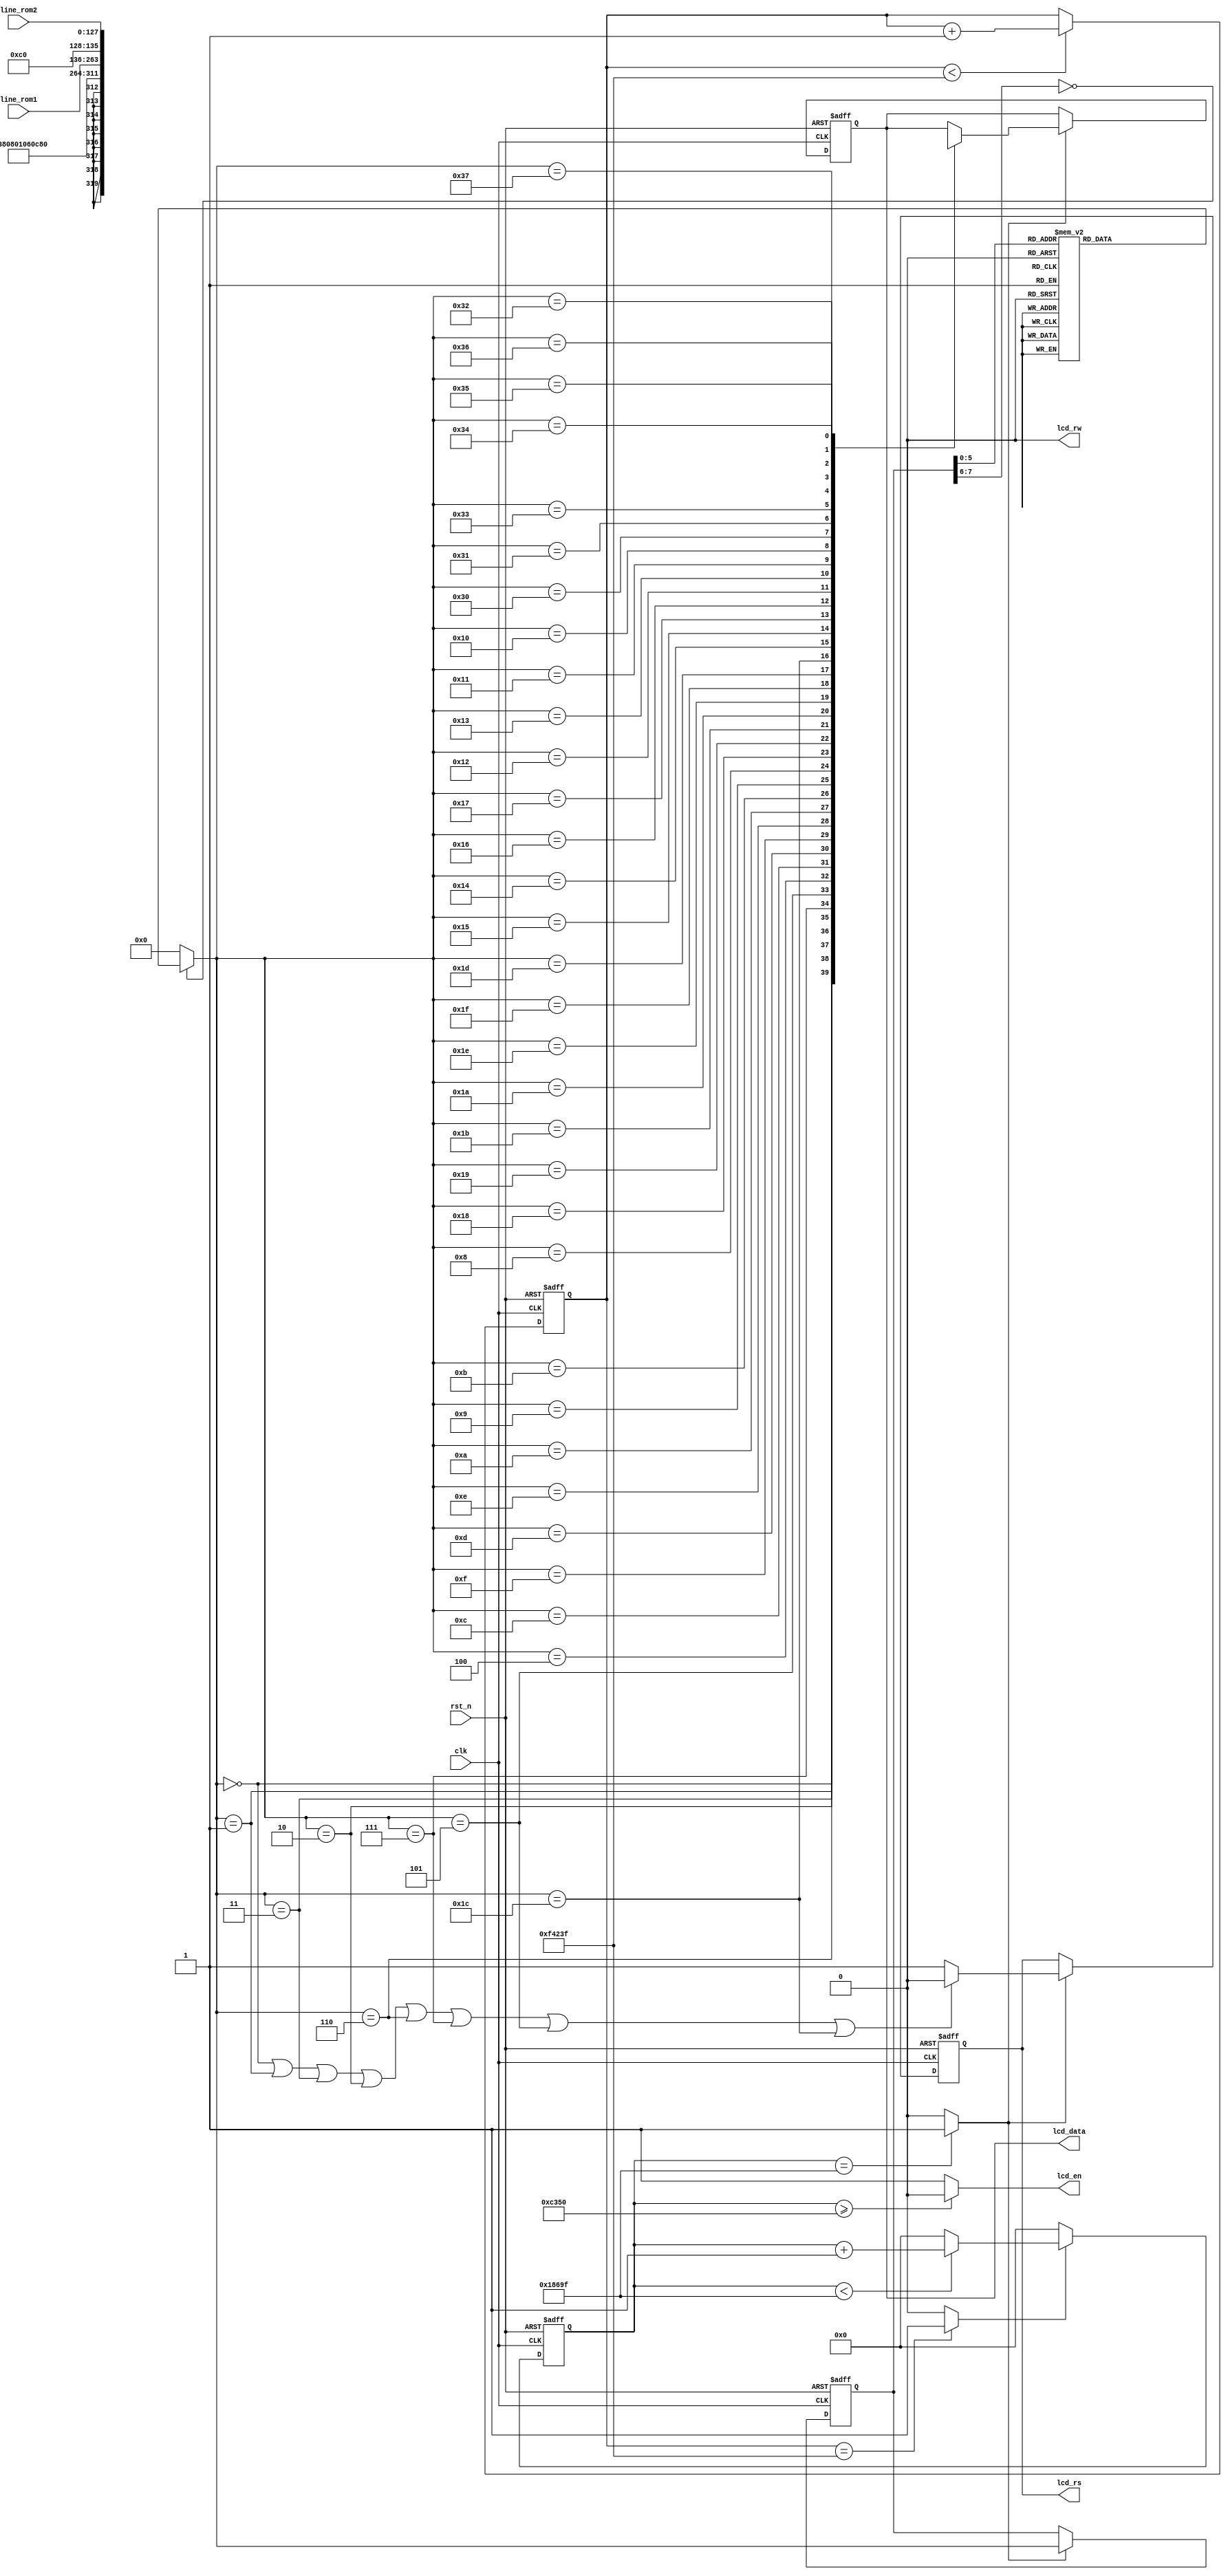
module lcd1602_driver
(
	//global clock
	input				clk,
	input				rst_n,

	//lcd1602 interface
	output  			lcd_en,		//LCD1602 Chip enable signal
	output 	reg			lcd_rs,		//H: Data; L: Instruction code
	output				lcd_rw,		//H: Read; L: Write
	output	reg	[7:0]	lcd_data,	//LCD1602 Data interface
	
	//user interface
	input		[127:0]	line_rom1,	//LCD1602 1th row display
	input		[127:0]	line_rom2	//LCD1602 2th row display
); 

//-----------------------------------
//Delay for 20ms
localparam DELAY_TOP = 1000_000;
//localparam DELAY_TOP = 20'd1000;		//Just for test
reg	[19:0]	delay_cnt;
always@(posedge clk or negedge rst_n)
begin
	if(!rst_n)
		delay_cnt <= 0;
	else if(delay_cnt < DELAY_TOP - 1'b1)
		delay_cnt <= delay_cnt + 1'b1;
	else
		delay_cnt <= delay_cnt;
end
wire	delay_done = (delay_cnt == DELAY_TOP - 1'b1) ? 1'b1 : 1'b0;


//--------------------------------------
localparam DELAY_TOP2 = 20'd100_000;   //2ms(500Hz)
//localparam DELAY_TOP2 = 20'hf;        //Just for test
reg [19:0]  delay_cnt2;
always @ (posedge clk or negedge rst_n)
begin
    if(!rst_n)
        delay_cnt2 <= 0;
    else if(delay_done)
        begin
        if(delay_cnt2 < DELAY_TOP2 - 1'b1)
            delay_cnt2 <= delay_cnt2 + 1'b1;
        else
            delay_cnt2 <= 0;
        end
    else
        delay_cnt2 <= 0;
end
assign  lcd_rw = 1'b0;      //write only, never read
//lcd enable,keep same time
assign  lcd_en = (delay_cnt2 >= DELAY_TOP2/2) ? 1'b0 : 1'b1;    
//write data when negedge        
wire    lcd_write_flag = (delay_cnt2 == DELAY_TOP2 - 1'b1) ? 1'b1 : 1'b0;   

//---------------------------------------                              
//Gray code : 40 states
localparam 	IDLE		= 	8'h00;	//IDLE
//LCD1602 init
localparam	DISP_SET	= 	8'h01;	//Display mode
localparam 	DISP_OFF	= 	8'h03;	//Display off
localparam 	CLR_SCR 	= 	8'h02;	//Clear the LCD
localparam 	CURSOR_SET1 = 	8'h06;	//Set Cursor
localparam 	CURSOR_SET2 = 	8'h07;	//Display on
//Display 1th line	
localparam 	ROW1_ADDR	= 	8'h05;	//Line1's first address	
localparam 	ROW1_0		= 	8'h04;
localparam 	ROW1_1		= 	8'h0C;
localparam 	ROW1_2		= 	8'h0D;
localparam 	ROW1_3		= 	8'h0F;
localparam 	ROW1_4		= 	8'h0E;
localparam 	ROW1_5		= 	8'h0A;
localparam 	ROW1_6		= 	8'h0B;
localparam 	ROW1_7		= 	8'h09;
localparam 	ROW1_8		=	8'h08;
localparam 	ROW1_9		= 	8'h18;
localparam 	ROW1_A		= 	8'h19;
localparam 	ROW1_B		= 	8'h1B;
localparam 	ROW1_C		= 	8'h1A;
localparam 	ROW1_D		= 	8'h1E;
localparam 	ROW1_E		= 	8'h1F;
localparam 	ROW1_F		= 	8'h1D;
//Display 2th line
localparam 	ROW2_ADDR	= 	8'h1C;	//Line2's first address	
localparam 	ROW2_0		= 	8'h14;
localparam 	ROW2_1		= 	8'h15;
localparam 	ROW2_2		= 	8'h17;
localparam 	ROW2_3		= 	8'h16;
localparam 	ROW2_4		= 	8'h12;
localparam 	ROW2_5		= 	8'h13;
localparam 	ROW2_6		= 	8'h11;
localparam 	ROW2_7		= 	8'h10;
localparam 	ROW2_8		= 	8'h30;
localparam 	ROW2_9		= 	8'h31;
localparam 	ROW2_A		= 	8'h33;
localparam 	ROW2_B		= 	8'h32;
localparam 	ROW2_C		= 	8'h36;
localparam 	ROW2_D		= 	8'h37;
localparam 	ROW2_E		= 	8'h35;
localparam 	ROW2_F		= 	8'h34;

//---------------------------------------
// FSM: always1
reg [7:0] current_state, next_state;
always@(posedge clk or negedge rst_n)
begin
	if(!rst_n)
		current_state <= IDLE;
	else if(lcd_write_flag)
		current_state <= next_state;
	else
		current_state <= current_state;
end

//---------------------------------------
// FSM: always2
always@(*)
begin
	case(current_state)
	//LCD1602 init
	IDLE        	: 	next_state = DISP_SET;		//5'h00
	DISP_SET    	: 	next_state = DISP_OFF;      //5'h01
	DISP_OFF    	: 	next_state = CLR_SCR;       //5'h03
	CLR_SCR     	:	next_state = CURSOR_SET1;   //5'h02
	CURSOR_SET1		: 	next_state = CURSOR_SET2;   //5'h06
	CURSOR_SET2		: 	next_state = ROW1_ADDR;     //5'h07
	//Display 1th line	
	ROW1_ADDR   	: 	next_state = ROW1_0;		//5'h05;
	ROW1_0      	: 	next_state = ROW1_1;	    //5'h04;
	ROW1_1      	: 	next_state = ROW1_2;        //5'h0C;
	ROW1_2      	: 	next_state = ROW1_3;        //5'h0D;
	ROW1_3      	: 	next_state = ROW1_4;        //5'h0F;
	ROW1_4      	: 	next_state = ROW1_5;        //5'h0E;
	ROW1_5      	: 	next_state = ROW1_6;        //5'h0A;
	ROW1_6      	: 	next_state = ROW1_7;        //5'h0B;
	ROW1_7      	: 	next_state = ROW1_8;        //5'h09;
	ROW1_8      	: 	next_state = ROW1_9;        //5'h08;
	ROW1_9      	: 	next_state = ROW1_A;        //5'h18;
	ROW1_A      	: 	next_state = ROW1_B;        //5'h19;
	ROW1_B      	: 	next_state = ROW1_C;        //5'h1B;
	ROW1_C      	: 	next_state = ROW1_D;        //5'h1A;
	ROW1_D      	: 	next_state = ROW1_E;        //5'h1E;
	ROW1_E      	: 	next_state = ROW1_F;        //5'h1F;
	ROW1_F      	: 	next_state = ROW2_ADDR;     //5'h1D;
	//Display 2th line	
	ROW2_ADDR   	: 	next_state = ROW2_0; 		//5'h1C;
	ROW2_0      	: 	next_state = ROW2_1;        //5'h14;
	ROW2_1      	: 	next_state = ROW2_2;        //5'h15;
	ROW2_2      	: 	next_state = ROW2_3;        //5'h17;
	ROW2_3      	:	next_state = ROW2_4;        //5'h16;
	ROW2_4      	: 	next_state = ROW2_5;        //5'h12;
	ROW2_5      	: 	next_state = ROW2_6;        //5'h13;
	ROW2_6      	: 	next_state = ROW2_7;        //5'h11;
	ROW2_7      	: 	next_state = ROW2_8;        //5'h10;
	ROW2_8      	: 	next_state = ROW2_9;        //5'h30;
	ROW2_9      	: 	next_state = ROW2_A;        //5'h31;
	ROW2_A      	: 	next_state = ROW2_B;        //5'h33;
	ROW2_B      	: 	next_state = ROW2_C;        //5'h32;
	ROW2_C      	: 	next_state = ROW2_D;        //5'h36;
	ROW2_D      	: 	next_state = ROW2_E;        //5'h37;
	ROW2_E      	: 	next_state = ROW2_F;        //5'h35;
	ROW2_F      	: 	next_state = ROW1_ADDR;     //5'h34;
	default     	: 	next_state = IDLE ;
	endcase
end

//---------------------------------------
// FSM: always3-1
always@(posedge clk or negedge rst_n)
begin
	if(!rst_n)
		lcd_rs <= 0;
	else if(lcd_write_flag)
		begin
		if(	next_state	==	IDLE 		|| 
			next_state 	==	DISP_SET 	||
			next_state 	==	DISP_OFF	||
			next_state	==	CLR_SCR		||
			next_state	==	CURSOR_SET1	||
			next_state	==	CURSOR_SET2	||
			next_state	== 	ROW1_ADDR 	|| 
			next_state	==	ROW2_ADDR)
			lcd_rs <= 0;	//L: Instruction
		else
			lcd_rs <= 1;	//H: Data
		end
	else
		lcd_rs <= lcd_rs;
end


//---------------------------------------
// FSM: always3-2
always@(posedge clk or negedge rst_n)
begin
	if(!rst_n)
		lcd_data <= 8'h00;
	else if(lcd_write_flag)
		begin
		//write lcd_data
		case(next_state)
		IDLE        	: 	lcd_data <= 8'hxx;
		//LCD1602 init
		DISP_SET    	: 	lcd_data <= 8'h38;		//Display mode: Set 16X2,5X8, 8 bits data
		DISP_OFF    	: 	lcd_data <= 8'h08;		//Display off
		CLR_SCR     	: 	lcd_data <= 8'h01;		//Clear LCD
		CURSOR_SET1		: 	lcd_data <= 8'h06;		//Set Cursor
		CURSOR_SET2		: 	lcd_data <= 8'h0C;		//Display on 
		//Display 1th line	
		ROW1_ADDR   	: 	lcd_data <= 8'h80;
		ROW1_0      	: 	lcd_data <= line_rom1[127:120];
		ROW1_1      	: 	lcd_data <= line_rom1[119:112];
		ROW1_2      	: 	lcd_data <= line_rom1[111:104];
		ROW1_3      	: 	lcd_data <= line_rom1[103: 96];
		ROW1_4      	: 	lcd_data <= line_rom1[ 95: 88];
		ROW1_5      	: 	lcd_data <= line_rom1[ 87: 80];
		ROW1_6      	: 	lcd_data <= line_rom1[ 79: 72];
		ROW1_7      	: 	lcd_data <= line_rom1[ 71: 64];
		ROW1_8      	: 	lcd_data <= line_rom1[ 63: 56];
		ROW1_9      	: 	lcd_data <= line_rom1[ 55: 48];
		ROW1_A      	: 	lcd_data <= line_rom1[ 47: 40];
		ROW1_B      	: 	lcd_data <= line_rom1[ 39: 32];
		ROW1_C      	: 	lcd_data <= line_rom1[ 31: 24];
		ROW1_D      	: 	lcd_data <= line_rom1[ 23: 16]; 
		ROW1_E      	: 	lcd_data <= line_rom1[ 15:  8];
		ROW1_F      	: 	lcd_data <= line_rom1[  7:  0];
		//Display 2th line	
		ROW2_ADDR   	: 	lcd_data <= 8'hC0;	
		ROW2_0      	: 	lcd_data <= line_rom2[127:120];
		ROW2_1      	: 	lcd_data <= line_rom2[119:112];
		ROW2_2      	: 	lcd_data <= line_rom2[111:104];
		ROW2_3      	: 	lcd_data <= line_rom2[103: 96];
		ROW2_4      	: 	lcd_data <= line_rom2[ 95: 88];
		ROW2_5      	: 	lcd_data <= line_rom2[ 87: 80];
		ROW2_6      	: 	lcd_data <= line_rom2[ 79: 72];
		ROW2_7      	: 	lcd_data <= line_rom2[ 71: 64];
		ROW2_8      	: 	lcd_data <= line_rom2[ 63: 56];
		ROW2_9      	: 	lcd_data <= line_rom2[ 55: 48];
		ROW2_A      	: 	lcd_data <= line_rom2[ 47: 40];
		ROW2_B      	: 	lcd_data <= line_rom2[ 39: 32];
		ROW2_C      	: 	lcd_data <= line_rom2[ 31: 24];
		ROW2_D      	: 	lcd_data <= line_rom2[ 23: 16];
		ROW2_E      	: 	lcd_data <= line_rom2[ 15:  8];
		ROW2_F      	: 	lcd_data <= line_rom2[  7:  0];
		endcase 
		end 
	else
		lcd_data <= lcd_data;
end

endmodule